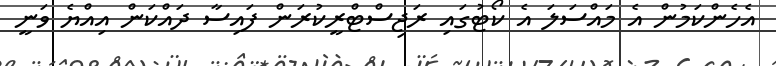
އެހެންކަމުން އެ މައްސަލަ އެ ކޯޓުގައި ރަޖިސްޓްރީކުރަން ފައިސާ ދައްކަން އިއްޔެ ވަނީ